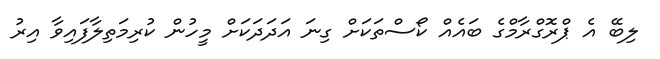
ލިބޭ އެ ޕްރޮގްރާމްގެ ބައެއް ކޯސްތަކަށް ގިނަ އަދަދަކަށް މީހުން ކުރިމަތިލާފައިވާ އިރު